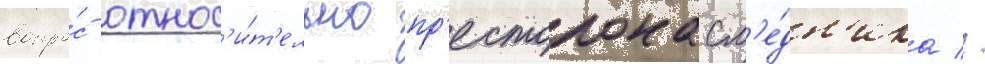
вопро́с относ'и́т'ельно пр'естолонасл'е́дн'ика //